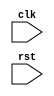
module example_module (
    input wire clk,
    input wire rst
);

reg [7:0] data;

always @ (posedge rst) begin
    // Perform certain actions in response to reset signal going from low to high
    data <= 8'hFF; // Assigning a value to the data variable
    // Add more actions here if needed
end

// Add more code for the module if needed

endmodule